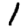
Digit: 1